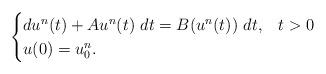
LaTeX: \begin{align*}\begin{cases}du^{n}(t) + Au^{n}(t)\ dt= B(u^{n}(t)) \ dt, & t>0 \\ u(0)=u_{0}^{n}. \end{cases}\end{align*}